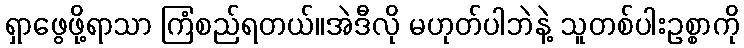
ရှာဖွေဖို့ရာသာ ကြံစည်ရတယ်။အဲဒီလို မဟုတ်ပါဘဲနဲ့ သူတစ်ပါးဥစ္စာကို